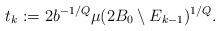
LaTeX: \begin{align*}t_k:=2b^{-1/Q}\mu(2B_0\setminus E_{k-1})^{1/Q}.\end{align*}